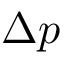
\Delta p